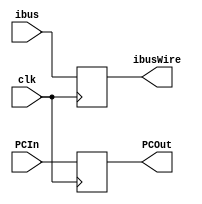
module pipeline_1_latch_1(clk, ibus, ibusWire, PCIn, PCOut);
  input [31:0] ibus;
  input  [63:0] PCIn;
  input clk;
  output [31:0] ibusWire;
  output [63:0] PCOut;
  reg [31:0] ibusWire;
  reg [63:0] PCOut;
  always @(posedge clk) begin
    ibusWire = ibus;
    PCOut = PCIn;
  end
endmodule